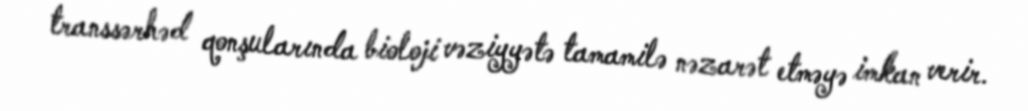
transsərhəd qonşularında bioloji vəziyyətə tamamilə nəzarət etməyə imkan verir.